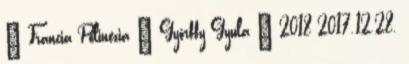
– Francia Polinézia – Győrffy Gyula – 2018 2017.12.28.